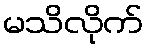
မသိလိုက်